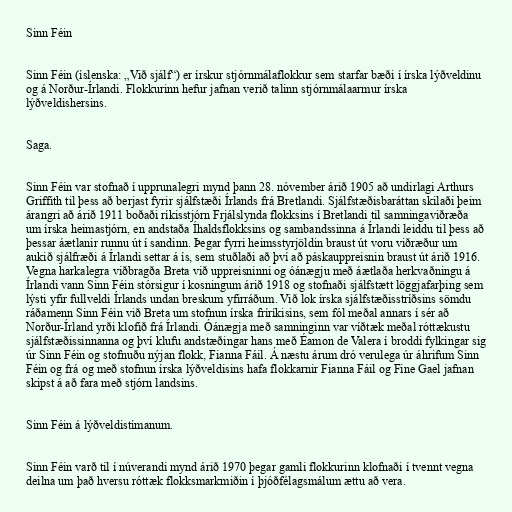
Sinn Féin

Sinn Féin (íslenska: „Við sjálf“) er írskur stjórnmálaflokkur sem starfar bæði í írska lýðveldinu
og á Norður-Írlandi. Flokkurinn hefur jafnan verið talinn stjórnmálaarmur írska
lýðveldishersins.

Saga.

Sinn Féin var stofnað í upprunalegri mynd þann 28. nóvember árið 1905 að undirlagi Arthurs
Griffith til þess að berjast fyrir sjálfstæði Írlands frá Bretlandi. Sjálfstæðisbaráttan skilaði þeim
árangri að árið 1911 boðaði ríkisstjórn Frjálslynda flokksins í Bretlandi til samningaviðræða
um írska heimastjórn, en andstaða Íhaldsflokksins og sambandssinna á Írlandi leiddu til þess að
þessar áætlanir runnu út í sandinn. Þegar fyrri heimsstyrjöldin braust út voru viðræður um
aukið sjálfræði á Írlandi settar á ís, sem stuðlaði að því að páskauppreisnin braust út árið 1916.
Vegna harkalegra viðbragða Breta við uppreisninni og óánægju með áætlaða herkvaðningu á
Írlandi vann Sinn Féin stórsigur í kosningum árið 1918 og stofnaði sjálfstætt löggjafarþing sem
lýsti yfir fullveldi Írlands undan breskum yfirráðum. Við lok írska sjálfstæðisstríðsins sömdu
ráðamenn Sinn Féin við Breta um stofnun írska fríríkisins, sem fól meðal annars í sér að
Norður-Írland yrði klofið frá Írlandi. Óánægja með samninginn var víðtæk meðal róttækustu
sjálfstæðissinnanna og því klufu andstæðingar hans með Éamon de Valera í broddi fylkingar sig
úr Sinn Féin og stofnuðu nýjan flokk, Fianna Fáil. Á næstu árum dró verulega úr áhrifum Sinn
Féin og frá og með stofnun írska lýðveldisins hafa flokkarnir Fianna Fáil og Fine Gael jafnan
skipst á að fara með stjórn landsins.

Sinn Féin á lýðveldistímanum.

Sinn Féin varð til í núverandi mynd árið 1970 þegar gamli flokkurinn klofnaði í tvennt vegna
deilna um það hversu róttæk flokksmarkmiðin í þjóðfélagsmálum ættu að vera.